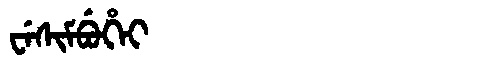
Manchu: ᠸᡝᠰᡳᠮᠪᡠᡥᡝᡳ
Romanization: WESIMBUHEI